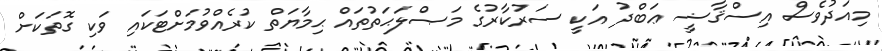
މިއަދުވެސް އިސްޤާޟީ ޢަބްދު އަކީ ސަރުކާރުގެ މަޞްލަޙަތުތައް ޙިމާޔަތް ކުރެއްވުމަށްޓަކައި ވަކި ގޮތަކަށް